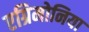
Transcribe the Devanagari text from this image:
एग्रिमोनिया